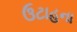
ઉટાહના